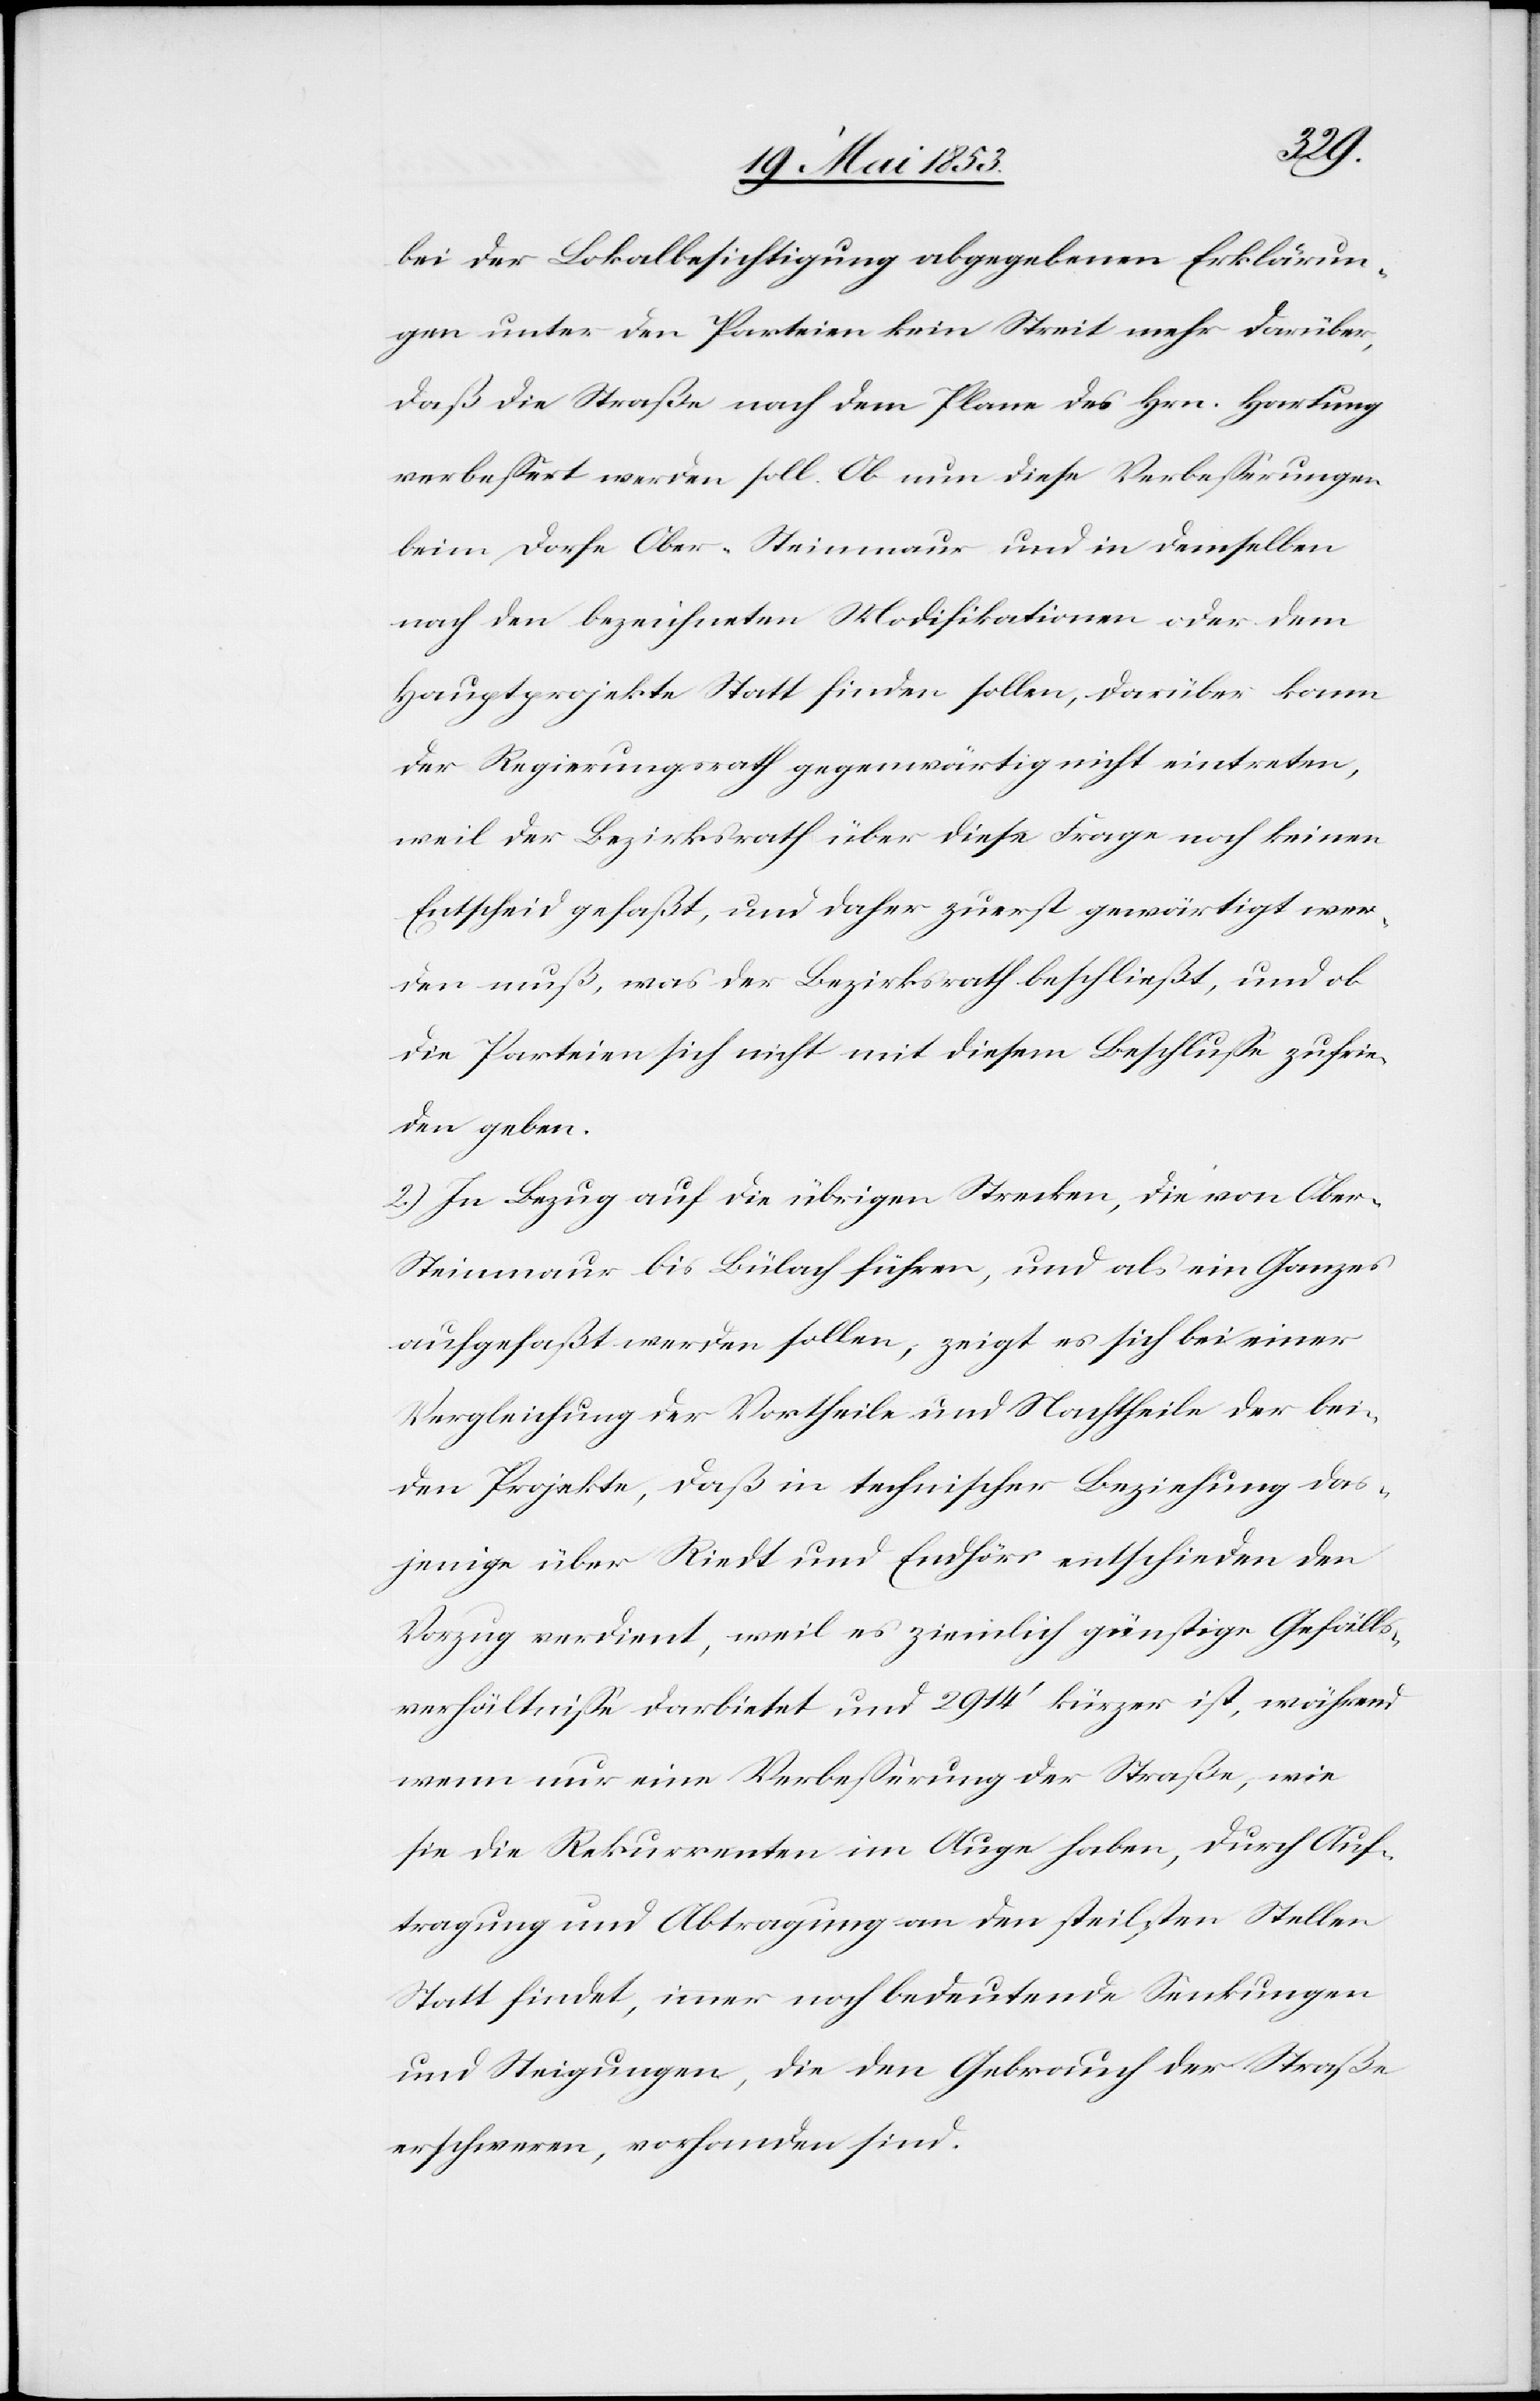
bei der Lokalbesichtigung abgegebenen Erklärun¬
gen unter den Parteien kein Streit mehr darüber,
daß die Straße nach dem Plane des Hrn. Hartung
verbeßert werden soll. Ob nun diese Verbeßerungen
beim Dorfe Ober-Steinmaur und in demselben
nach den bezeichneten Modifikationen oder dem
Hauptprojekte Statt finden sollen, darüber kann
der Regierungsrath gegenwärtig nicht eintreten,
weil der Bezirksrath über diese Frage noch keinen
Entscheid gefaßt, und daher zuerst gewärtigt wer¬
den muß, was der Bezirksrath beschließt, und ob
die Parteien sich nicht mit diesem Beschluße zufrie¬
den geben.
2.) In Bezug auf die übrigen Strecken, die von Obe¬
r-Steinmaur bis Bülach führen, und als ein Ganzes
aufgefaßt werden sollen, zeigt es sich bei einer
Vergleichung der Vortheile und Nachtheile der bei¬
den Projekte, daß in technischer Beziehung das¬
jenige über Riedt und Endhöri entschieden den
Vorzug verdient, weil es ziemlich günstige Gefälls¬
verhältniße darbietet und 2914’ kürzer ist, während
wenn nur eine Verbeßerung der Straße, wie
sie die Rekurrenten im Auge haben, durch Auf¬
tragung und Abtragung an den steilsten Stellen
Statt findet ,immer noch bedeutende Senkungen
und Steigungen, die den Gebrauch der Straße
erschweren, vorhanden sind.